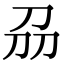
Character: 刕